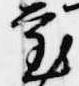
審